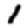
Digit: 1